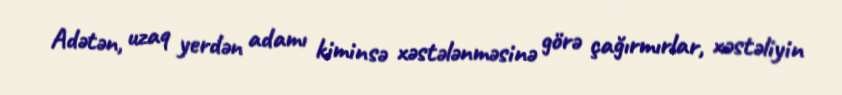
Adətən, uzaq yerdən adamı kiminsə xəstələnməsinə görə çağırmırlar, xəstəliyin